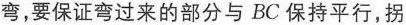
弯，要保证弯过来的部分与BC保持平行，拐